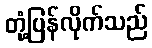
တုံ့ပြန်လိုက်သည်